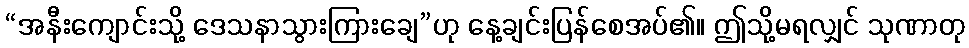
“အနီးကျောင်းသို့ ဒေသနာသွားကြားချေ”ဟု နေ့ချင်းပြန်စေအပ်၏။ ဤသို့မရလျှင် သုဏာတု